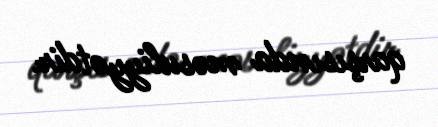
qarşısında məsuliyyətdir.